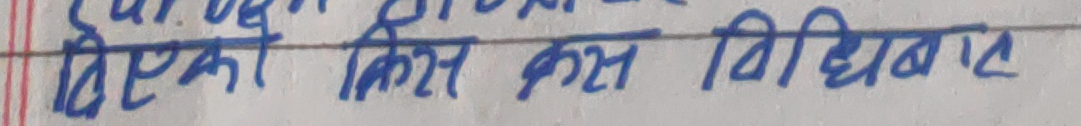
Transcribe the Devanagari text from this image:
दिएको किस कस विधिबद्ध